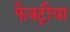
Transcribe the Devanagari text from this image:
फैक्ट्रीया